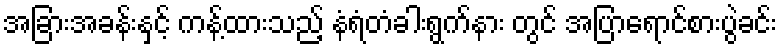
အခြားအခန်းနှင့် ကန့်ထားသည့် နံရံတံခါးရွက်နား တွင် အပြာရောင်စားပွဲခင်း